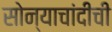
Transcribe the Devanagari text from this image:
सोन्याचांदीची